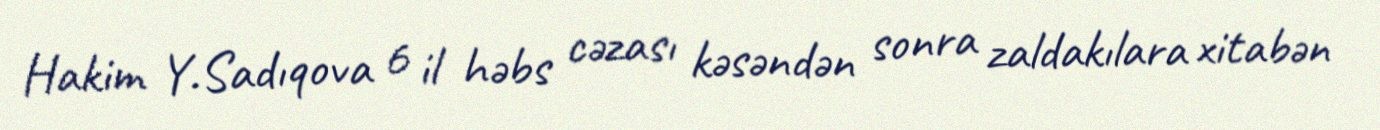
Hakim Y.Sadıqova 6 il həbs cəzası kəsəndən sonra zaldakılara xitabən